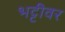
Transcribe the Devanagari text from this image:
भट्टीवर